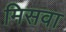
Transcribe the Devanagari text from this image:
मिसवा